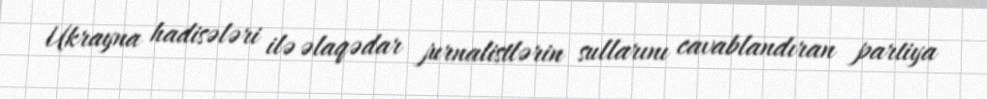
Ukrayna hadisələri ilə əlaqədar jurnalistlərin sullarını cavablandıran partiya